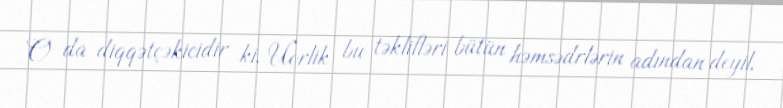
O da diqqətçəkicidir ki, Uorlik bu təklifləri bütün həmsədrlərin adından deyil,